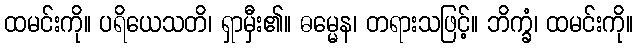
ထမင်းကို။ ပရိယေသတိ၊ ရှာမှီး၏။ ဓမ္မေန၊ တရားသဖြင့်။ ဘိက္ခံ၊ ထမင်းကို။